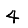
Digit: 4